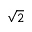
\sqrt { 2 }